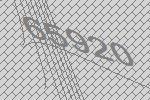
65920